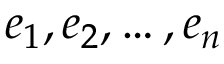
e _ { 1 } , e _ { 2 } , \ldots , e _ { n }